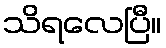
သိရလေပြီ။